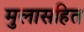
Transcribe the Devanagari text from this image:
मुलासहित